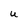
Character: U